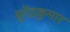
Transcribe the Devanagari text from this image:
सुरेंद्रकुमार